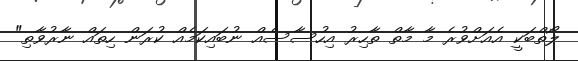
ލޯތްބަކީ އެއަށްވުރެ މާ މާތް ތާހިރު އިހުސާސެއް ނުބައިކަމެއް ކުރަން ހިތައް ނާރުވާތި"